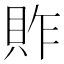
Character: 䝫